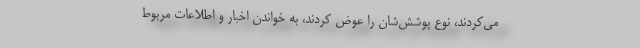
می‌کردند، نوع پوشش‌شان را عوض کردند، به خواندن اخبار و اطلاعات مربوط